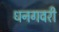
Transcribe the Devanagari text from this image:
धनगवरी